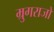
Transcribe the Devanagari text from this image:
म्रुगराजो